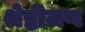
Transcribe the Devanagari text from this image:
श्रेष्ठीजण